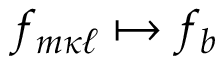
f _ { m { \kappa \ell } } \mapsto f _ { b }